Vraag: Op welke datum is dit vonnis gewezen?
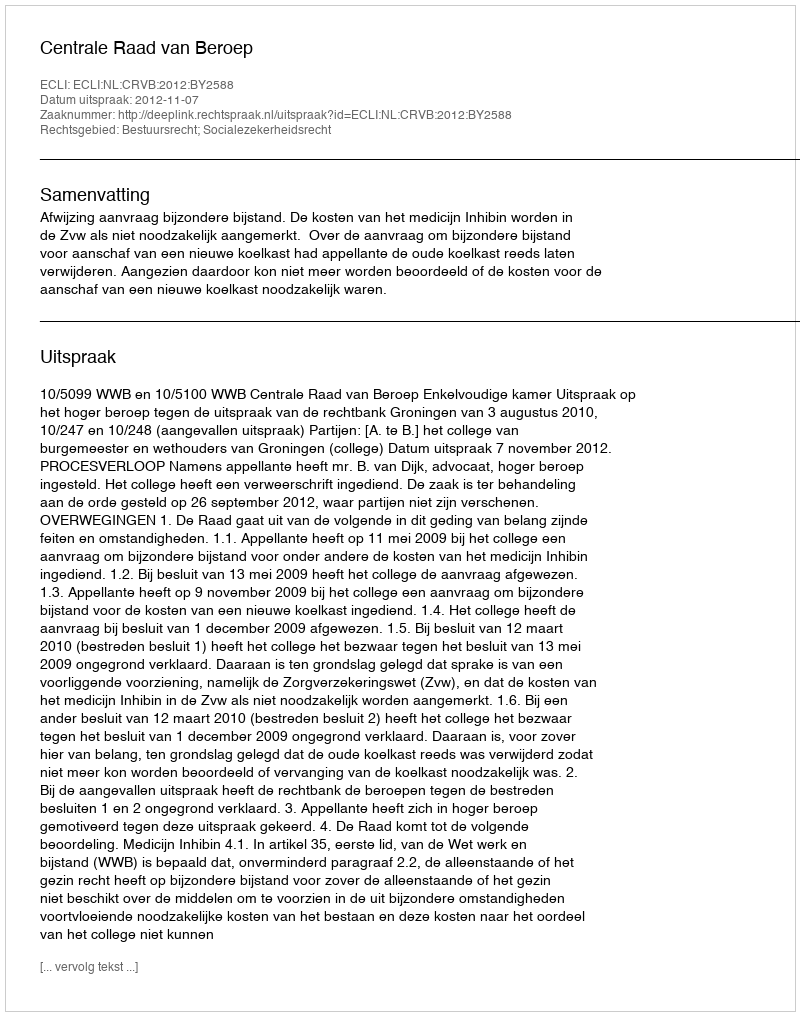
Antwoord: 2012-11-07